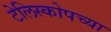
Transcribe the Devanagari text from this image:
टेलिस्कोपच्या